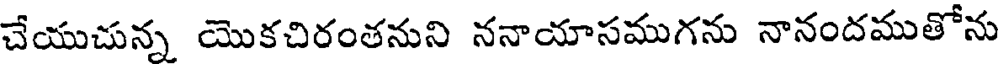
చేయుచున్న యొకచిరంతనుని ననాయాసముగను నానందముతోను